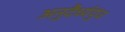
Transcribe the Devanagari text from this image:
अनुदैर्ध्यपुंज